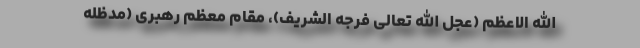
الله الاعظم (عجل الله تعالی فرجه الشریف)، مقام معظم رهبری (مدظله